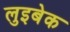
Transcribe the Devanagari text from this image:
लुइबेक